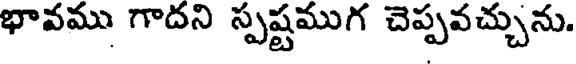
భావము గాదని స్పష్టముగ చెప్పవచ్చును.